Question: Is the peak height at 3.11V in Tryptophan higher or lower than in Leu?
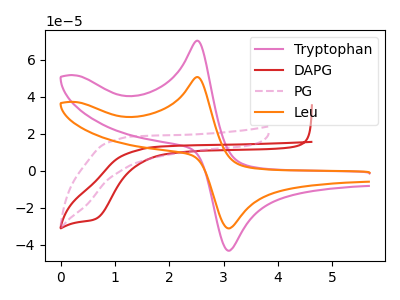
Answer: <think>The pink curve "Tryptophan" has an anodic peak at (2.50V, 70.35uA) and a cathodic peak at (3.10V, -43.15uA). The red curve "DAPG" has a cathodic peak at: (0.65V, -25.95uA). The pink dashed curve "PG" has no peaks. The orange curve "Leu" has an anodic peak at (2.50V, 50.70uA) and a cathodic peak at (3.10V, -31.10uA).</think>
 <answer>The peak at 3.11V is higher in "Tryptophan" than in "Leu".</answer>
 <eval>higher</eval>